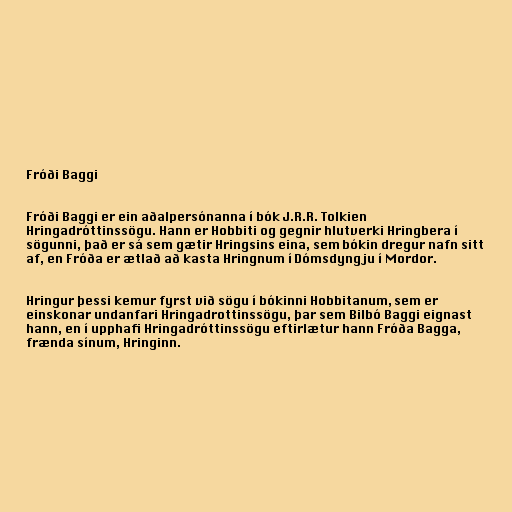
Fróði Baggi

Fróði Baggi er ein aðalpersónanna í bók J.R.R. Tolkien
Hringadróttinssögu. Hann er Hobbiti og gegnir hlutverki Hringbera í
sögunni, það er sá sem gætir Hringsins eina, sem bókin dregur nafn sitt
af, en Fróða er ætlað að kasta Hringnum í Dómsdyngju í Mordor.

Hringur þessi kemur fyrst við sögu í bókinni Hobbitanum, sem er
einskonar undanfari Hringadrottinssögu, þar sem Bilbó Baggi eignast
hann, en í upphafi Hringadróttinssögu eftirlætur hann Fróða Bagga,
frænda sínum, Hringinn.